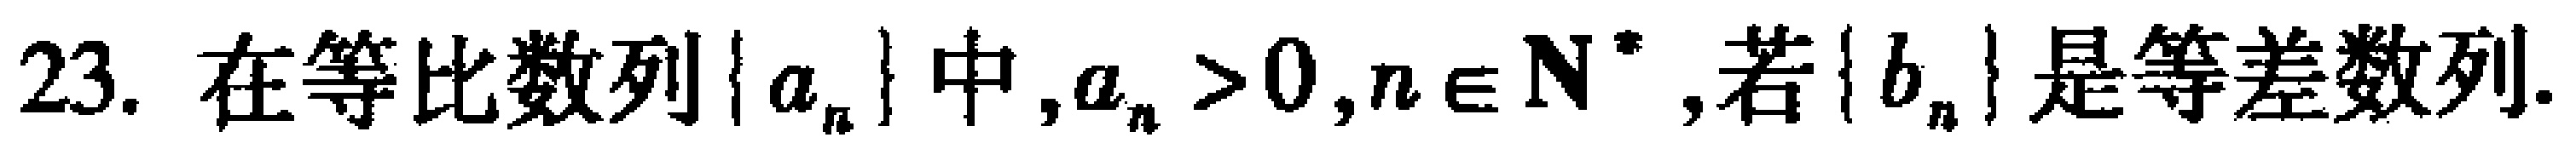
23. 在等比数列\(\{ a_{n}\}\)中，\(a_{n}>0\)，\(n\in \mathbf{N}^{*}\)，若\(\{ b_{n}\}\)是等差数列.